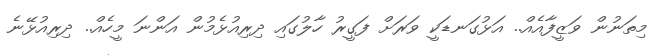
މިތަނުން ވަޒީފާއެއް.. އަޅުގަނޑަކީ ވަރަށް ފަގީރު ހާލުގައި ދިރިއުޅެމުން އަންނަ މީހެއް.. ދިރިއުޅޭނެ